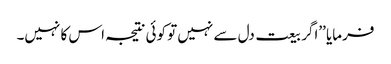
فرمایا ’’اگر بیعت دل سے نہیں تو کوئی نتیجہ اس کا نہیں۔